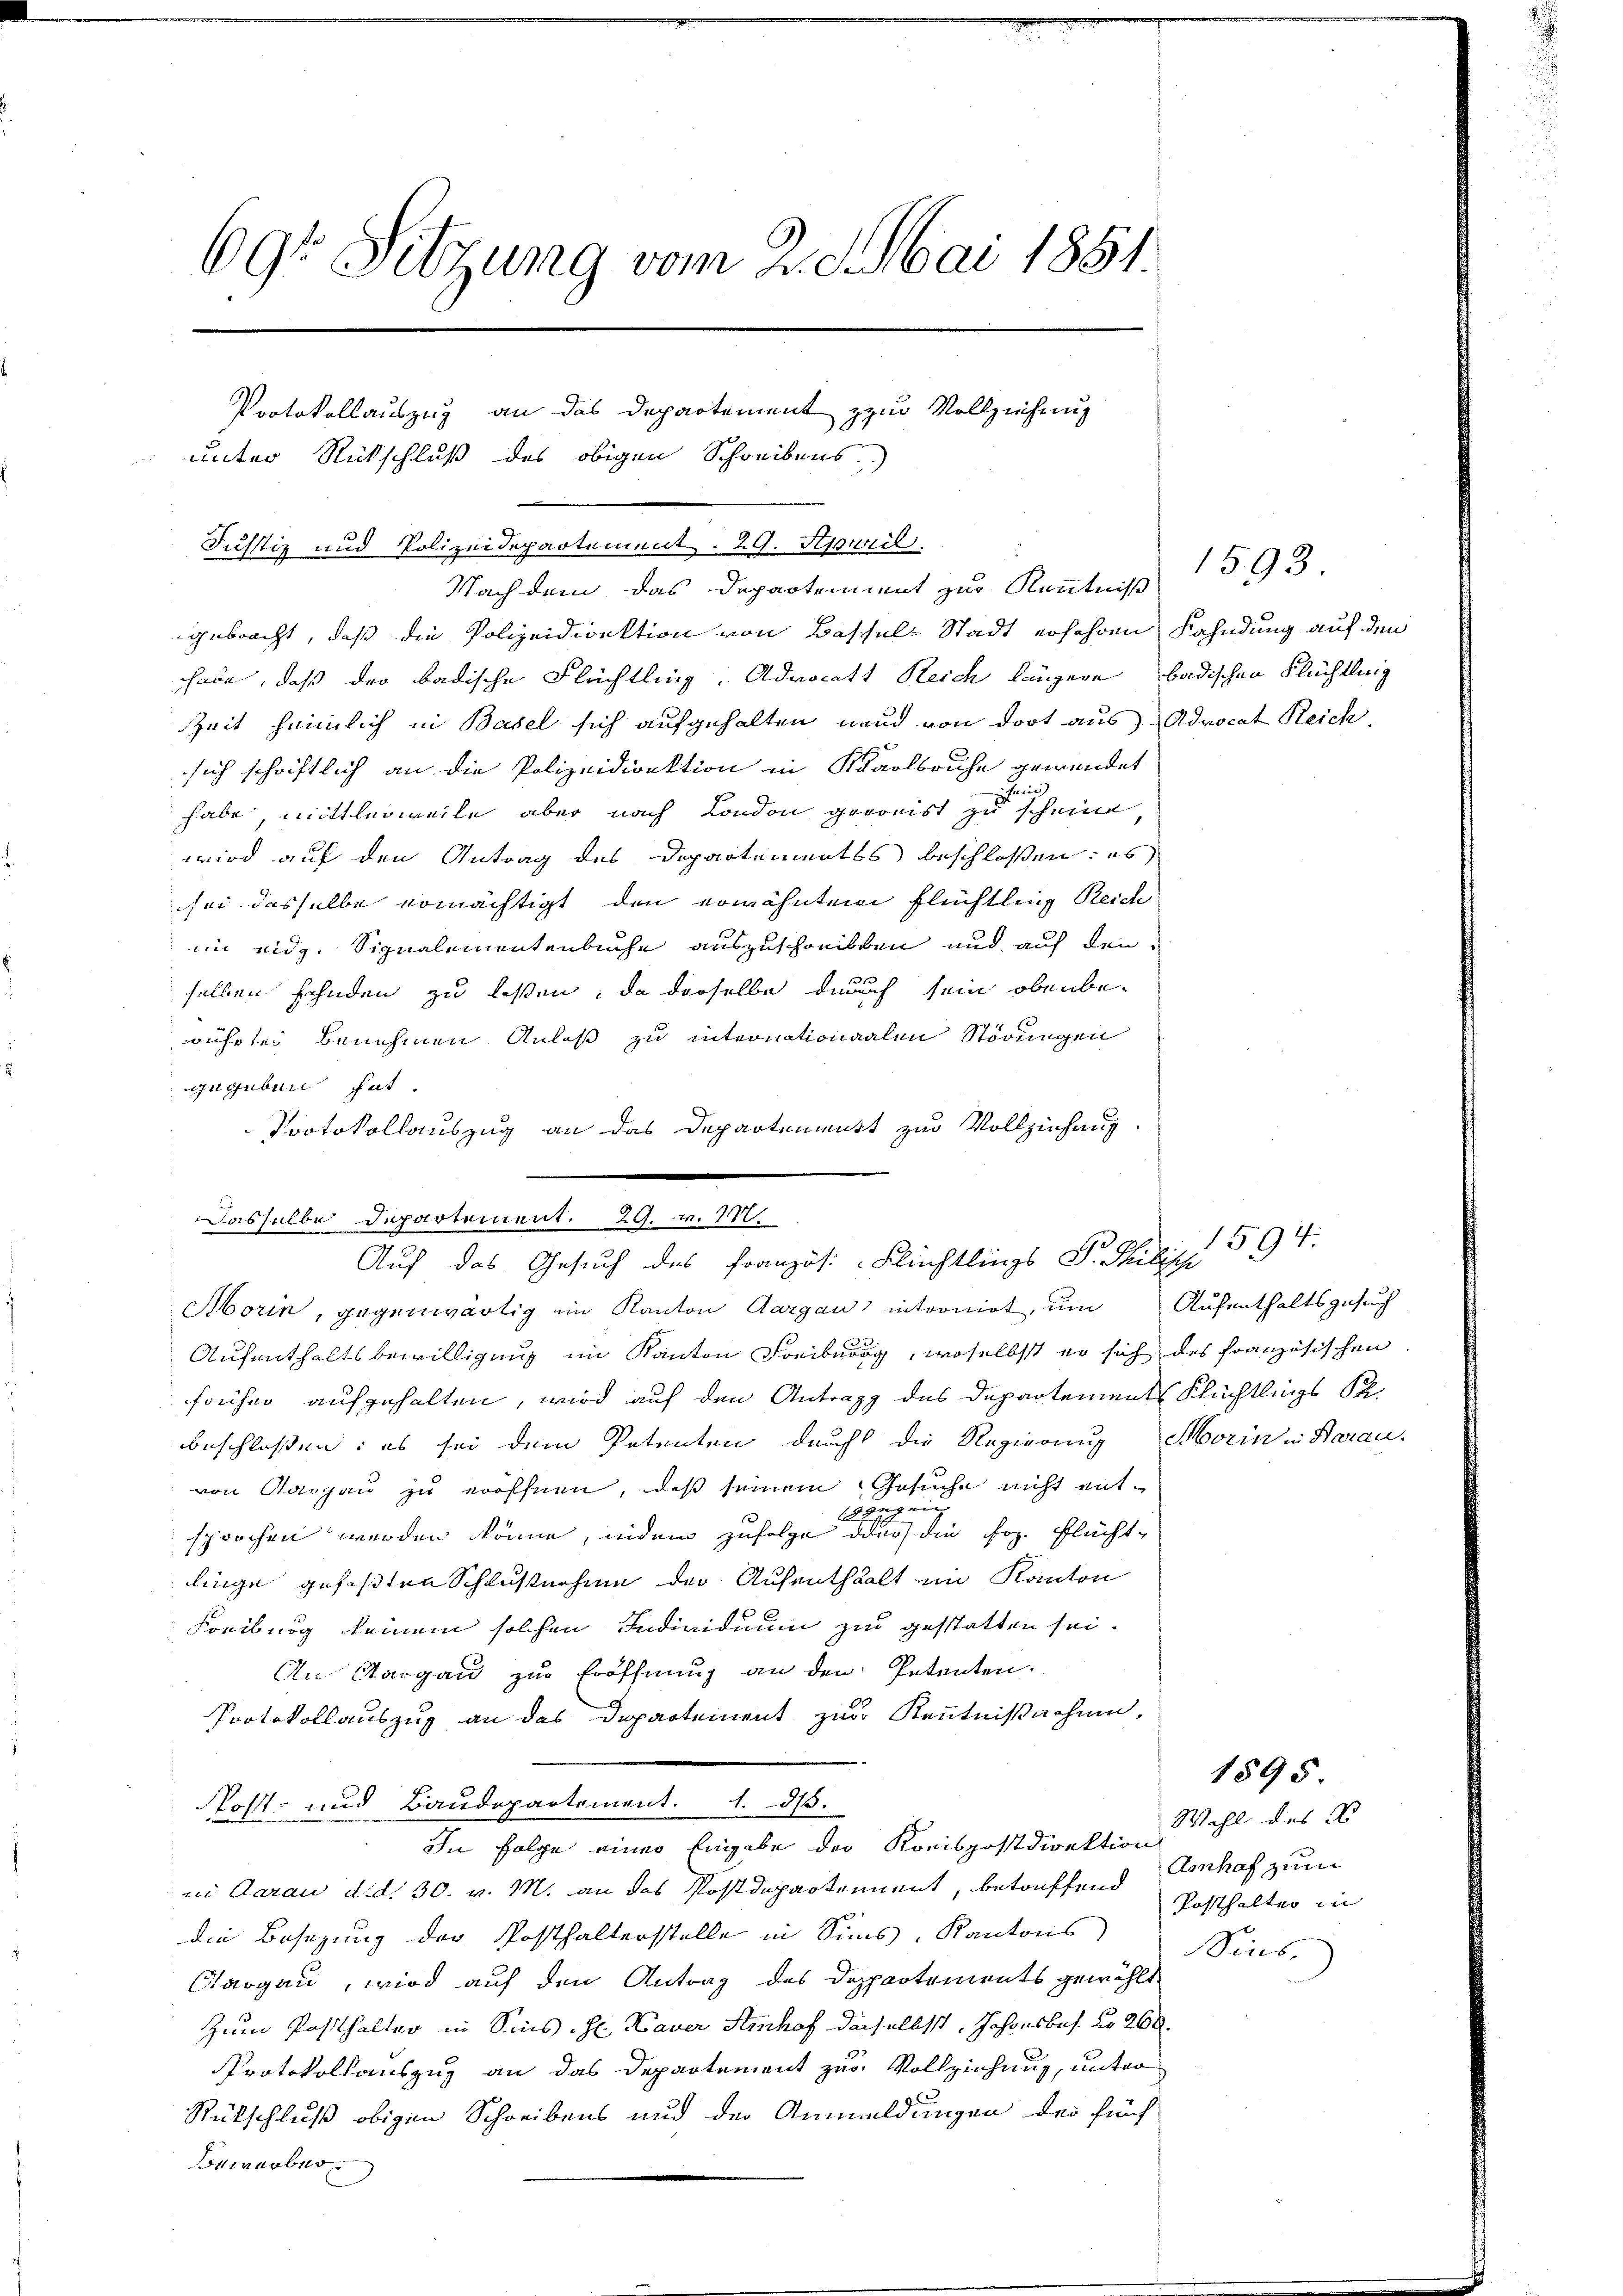
691 Sitzung vom 2. d. Mai 1851.
Protokollauszug an das Departement zum Vollziehung

gebracht, daß die Polizeidirektion von Bassel-Stadt erfahren
habe, daß der badische Flüchtling. Advocats Reich längere badischen Flüchtling
Zeit heimlich in Basel sich aufgehalten und von dort aus
sich schriftlich an die Polizeidirektion in Karlsruhe gewendet
ein
habe, mittlerweile aber nach London geronist zu scheine,
wird auf den Antrag des Departementes beschlossen: es
sei dasselbe ermächtigt, den erwähnten Flüchtling Reich
im eidg. Signalementenbuche auszuschreibten und auf den
selben schaden zu laßen, da derselbe durch sein obenbewührter Benehmen Anlaß zu internationalen Störungen
unguber hat.
Protokollauszug an das Departenmatt zur Vollziehung.
Dasselbe Departement. 29. v. 17.
Morin, gegenwärtig im Kanton Aargau introniat, um
Aufenthaltsbewilligung im Kanton Freiburg, woselbst er sich des französischen
früher aufzuhalten, wird auf den Antrag des Departement Flüchtlings St.
beschlossen: es sei dem Petenten durch die Regierung
von Aargau zu eröffnen, daß seinem Gesuche nicht entgugen
sprochen werden könne, indem zufolge durch die sog. Flüchte
linge gefaßten Schlußnahmen der Aufenthalt im Kanton
Freiburg keinem solchen Individuum zur gestatten sei.
An Aargau zur Eröffnung an den Petenten.
Protokollauszug an das Departement zur Kenntnißachen.
Kost- und Baudepartement. 1. ds.
In Folge einer Eingabe der Konispostdirektion
in Aarau d. d. 30. v. M. an das Postdepartement, betreffend
die Besizung der Posthalterstelle in Sins, Kantons
Otargau, wird auf den Antrag des Departements gewählt
Zum Postthalter in Sins. Hr. Haver Stihof daselbst, Johansbes. No 260
Protokollauszug an das Departement zur Vollziehung, unter
9
Rückschluß obigen Schreibens und der Anmeldungen der fünf
Fouranobus

unter Rückschluß des obigen Schreibens)
Justiz und Polizeidepartement. 29. April
Nach dem das Departement zur Kenntniß

.

i
Auf das Gesuch des Französ. Flüchtlings S. Philisch

Kahndung auf den
Advocat Reich.

1593

1594.
Aufenthaltszusuch
Morin in Herau

Wahl des B
Amhof zum
Posthalten in
Sins,

1595.